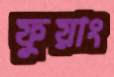
ফুয়াং